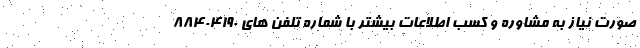
صورت نیاز به مشاوره و کسب اطلاعات بیشتر با شماره تلفن های 88404190